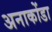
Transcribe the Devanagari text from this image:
अनाकोंडा